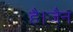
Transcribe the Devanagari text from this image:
है।जैन